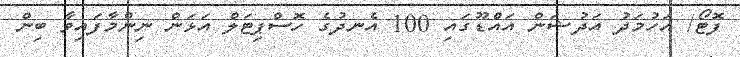
ފޮޓޯ/ އަހުމަދު އަދުޝަން އައްޑޫގައި 100 އެނދުގެ ހޮސްޕިޓަލް އަޅަން ނިންމާފައިވާ ބިން